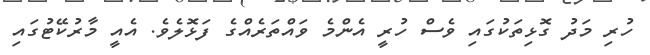
ހުރި މަދު ގޮޅިތަކުގައި ވެސް ހުރީ އެންމެ ވައްތަރެއްގެ ފަޅޮލެވެ. އެއީ މާރުކޭޓުގައި